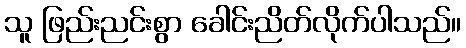
သူ ဖြည်းညင်းစွာ ခေါင်းညိတ်လိုက်ပါသည်။